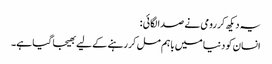
یہ دیکھ کر رومی نے صدا لگائی :
انسان کو دنیا میں باہم مل کر رہنے کے لیے بھیجا گیا ہے۔